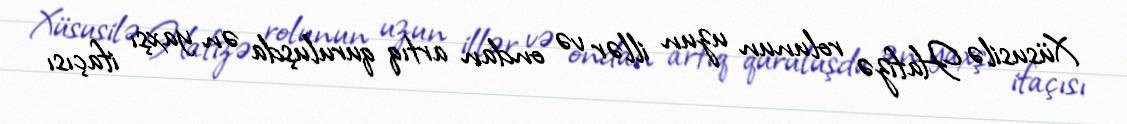
Xüsusilə Hafizə rolunun uzun illər və ondan artıq quruluşda ən yaxşı ifaçısı